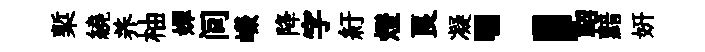
槧繞养柚嬋间嶸降字紆燈良凝；軺黯妍